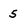
Character: 5